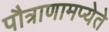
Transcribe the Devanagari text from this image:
पौत्राणामप्येते